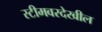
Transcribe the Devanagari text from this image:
स्टीमवरदेखील